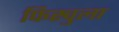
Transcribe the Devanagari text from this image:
फिस्‍चुला